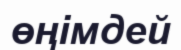
өңімдей